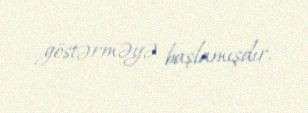
göstərməyə başlamışdır.